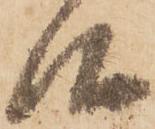
候